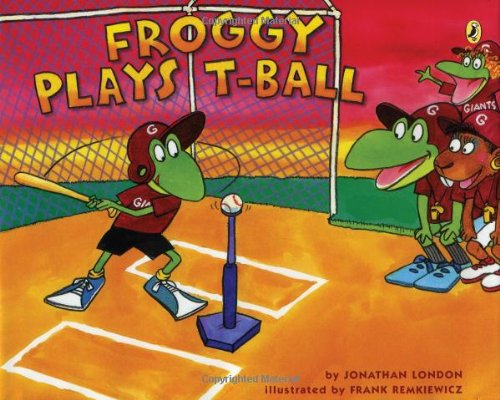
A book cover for Froggy Plays T-ball; Jonathan London; Children's Books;